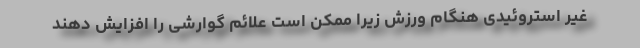
غیر استروئیدی هنگام ورزش زیرا ممکن است علائم گوارشی را افزایش دهند